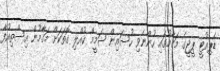
ޑެޕިއުޓީ ޕީޖީގެ މަގާމުގައި ހުންނެވި ހުސައިން ޝަމީމް ކުއްލި ގޮތަކަށް މަގާމުން އިސްތިއުފާ